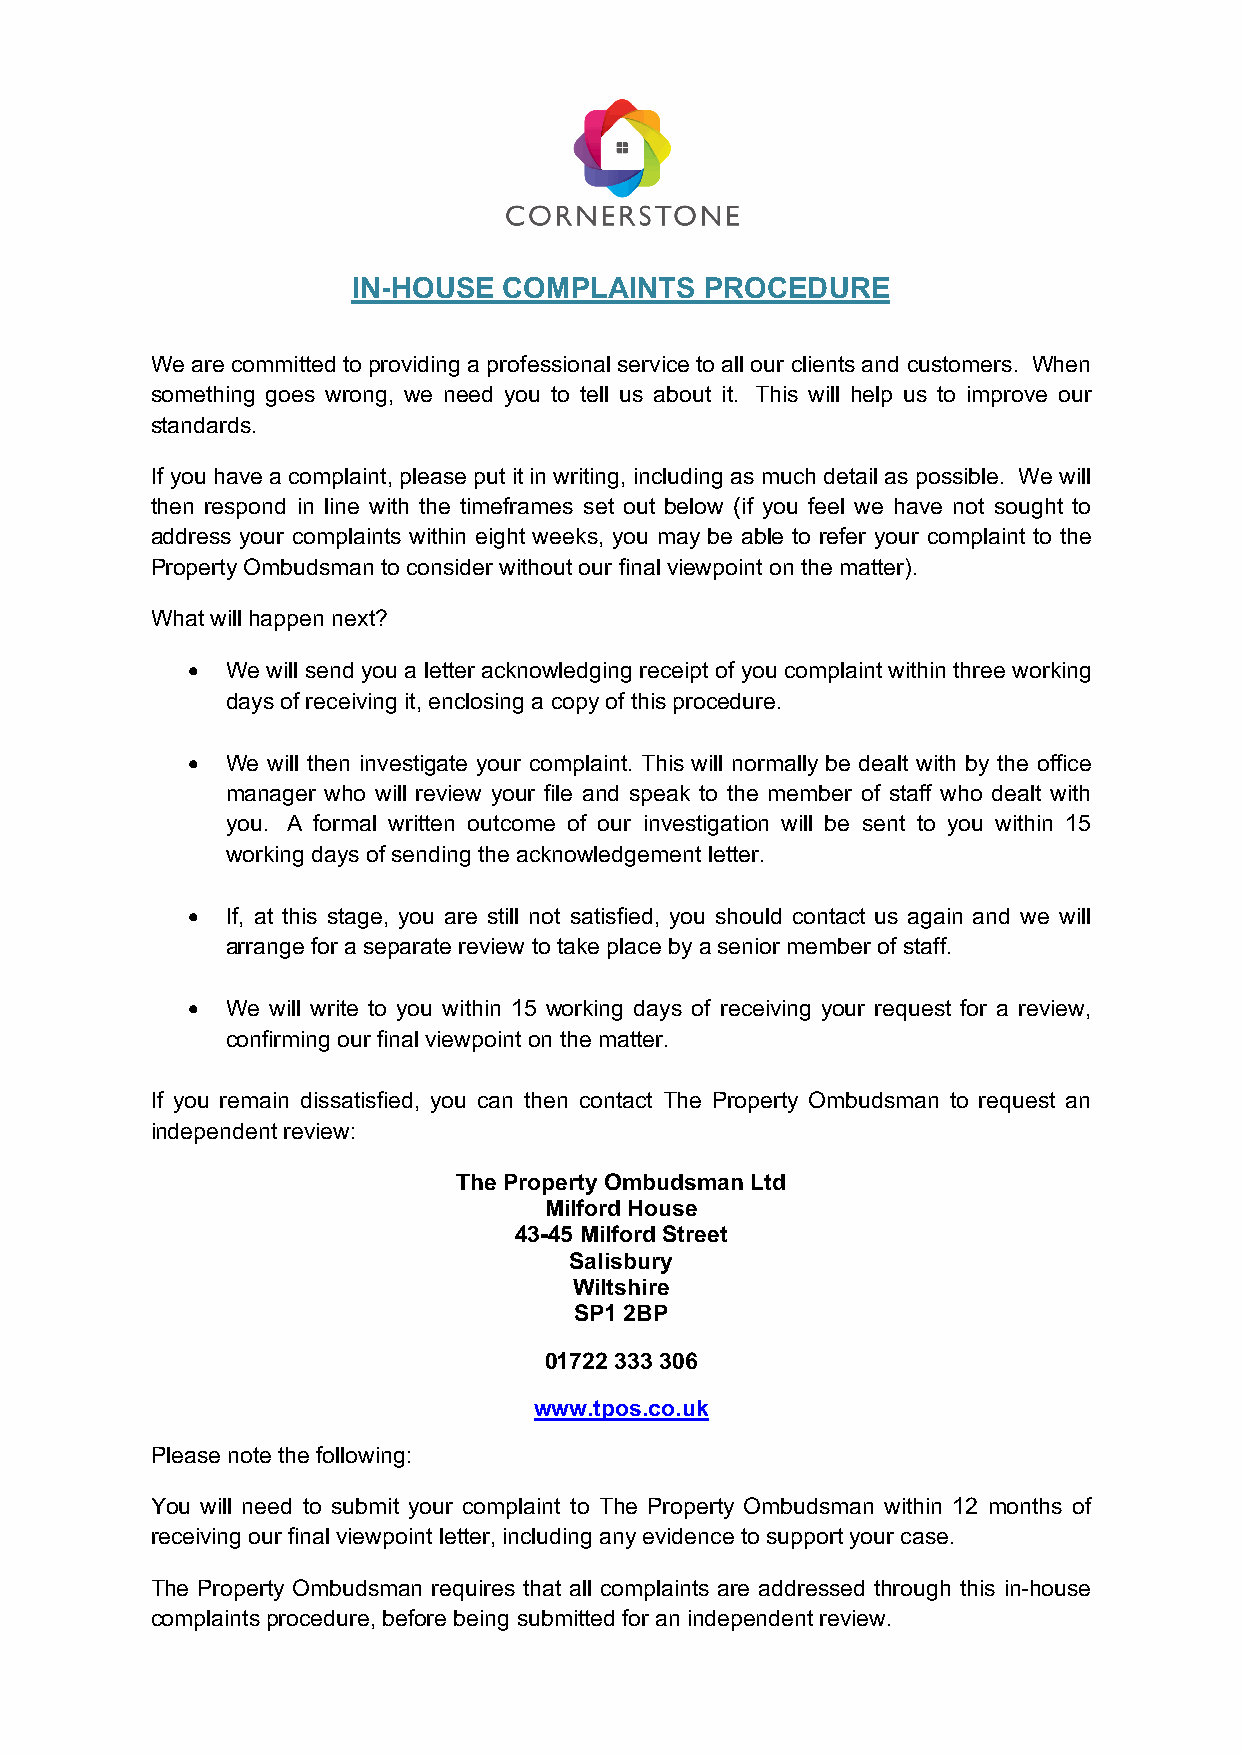
IN-HOUSE  COMPLAINTS    PROCEDURE
 We are committed to providing a professional service to all our clients and customers. When
 something goes wrong, we need you to tell us about it. This will help us to improve our
 standards.
 If you have a complaint, please put it in writing, including as much detail as possible. We will
 then respond in line with the timeframes set out below (if you feel we have not sought to
 address your complaints within eight weeks, you may be able to refer your complaint to the
 Property Ombudsman to consider without our final viewpoint on the matter).
 What will happen next?
 •  We will send you a letter acknowledging receipt of you complaint within three working
 days of receiving it, enclosing a copy of this procedure.
 •  We will then investigate your complaint. This will normally be dealt with by the office
 manager who will review your file and speak to the member of staff who dealt with
 you. A formal written outcome of our investigation will be sent to you within 15
 working days of sending the acknowledgement letter.
 •  If, at this stage, you are still not satisfied, you should contact us again and we will
 arrange for a separate review to take place by a senior member of staff.
 •  We will write to you within 15 working days of receiving your request for a review,
 confirming our final viewpoint on the matter.
 If you remain dissatisfied, you can then contact The Property Ombudsman to request an
 independent review:
 The Property Ombudsman Ltd
 Milford House
 43-45 Milford Street
 Salisbury
 Wiltshire
 SP1 2BP
 01722 333 306
 www.tpos.co.uk
 Please note the following:
 You will need to submit your complaint to The Property Ombudsman within 12 months of
 receiving our final viewpoint letter, including any evidence to support your case.
 The Property Ombudsman requires that all complaints are addressed through this in-house
 complaints procedure, before being submitted for an independent review.